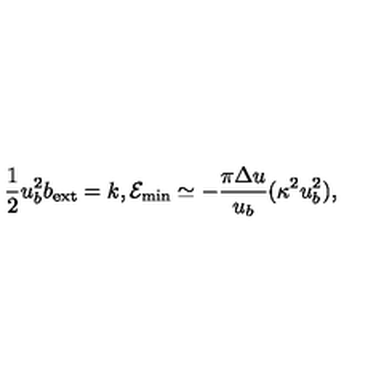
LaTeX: \frac { 1 } { 2 } u _ { b } ^ { 2 } b _ { \mathrm { e x t } } = k , { \cal E } _ { \mathrm { m i n } } \simeq - \frac { \pi \Delta u } { u _ { b } } ( \kappa ^ { 2 } u _ { b } ^ { 2 } ) ,